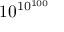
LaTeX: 1 0 ^ { 1 0 ^ { 1 0 0 } }